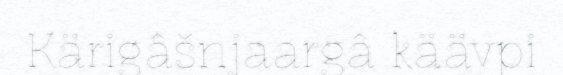
Kärigâšnjaargâ käävpi